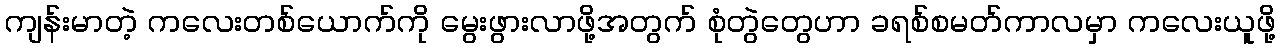
ကျန်းမာတဲ့ ကလေးတစ်ယောက်ကို မွေးဖွားလာဖို့အတွက် စုံတွဲတွေဟာ ခရစ်စမတ်ကာလမှာ ကလေးယူဖို့